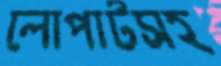
লোপাটসহ